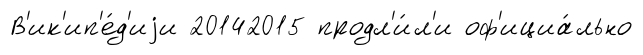
В'ик'ип'е́д'иjи 20142015 продл'и́л'и оф'ициа́льно